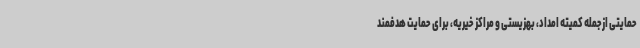
حمایتی ازجمله کمیته امداد، بهزیستی و مراکز خیریه، برای حمایت هدفمند